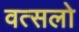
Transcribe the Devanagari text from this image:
वत्सलो